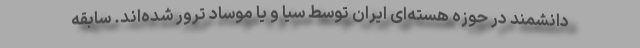
دانشمند در حوزه هسته‌ای ایران توسط سیا و یا موساد ترور شده‌اند. سابقه